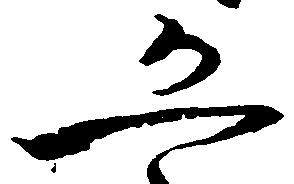
恐